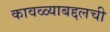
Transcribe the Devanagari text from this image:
कावळ्याबद्दलची